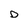
Character: D